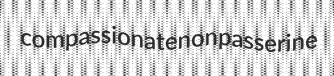
compassionate nonpasserine